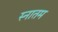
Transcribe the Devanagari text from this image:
स्नातम